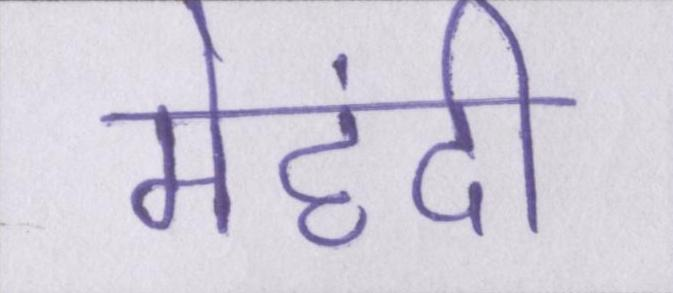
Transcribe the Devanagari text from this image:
मेहंदी